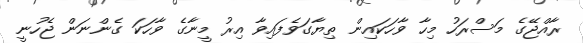
ރާއްޖޭގެ މަސްރަހު މިހާ ވާހަކައިން ތިޔާގަވެފައިވާ އިރު މީނާގެ ވާހަކަ ގެންނަން ޖެހުނީ